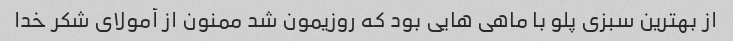
از بهترین سبزی پلو با ماهی هایی بود که روزیمون شد ممنون از آمولای شکر خدا